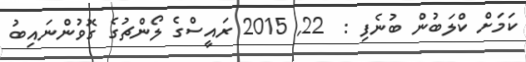
ކަމަށް ކްލަބުން ބުނެފި :  22